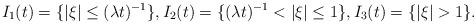
LaTeX: \begin{align*}I_1(t)=\{|\xi|\leq(\lambda t)^{-1}\},I_2(t)=\{(\lambda t)^{-1}<|\xi|\leq1\},I_3(t)=\{|\xi|>1\}. \end{align*}